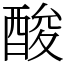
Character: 酸